Civil Veterinary Department. Madras. Admin. report 1910-25 - 1910-1925
Year: 1910
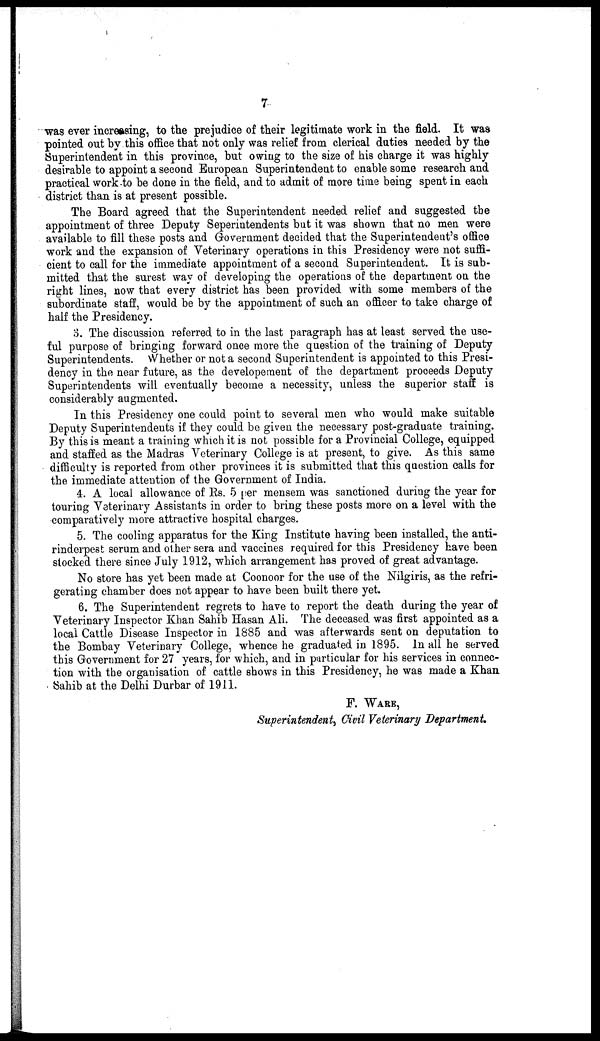
7
was ever increasing, to the prejudice of their legitimate work in the field. It was
pointed out by this office that not only was relief from clerical duties needed by the
Superintendent in this province, but owing to the size of his charge it was highly
desirable to appoint a second European Superintendent to enable some research and
practical work to be done in the field, and to admit of more time being spent in each
district than is at present possible.
The Board agreed that the Superintendent needed relief and suggested the
appointment of three Deputy Seperintendents but it was shown that no men were
available to fill these posts and Government decided that the Superintendent's office
work and the expansion of Veterinary operations in this Presidency were not suffi-
cient to call for the immediate appointment of a second Superintendent. It is sub-
mitted that the surest way of developing the operations of the department on the
right lines, now that every district has been provided with some members of the
subordinate staff, would be by the appointment of such an officer to take charge of
half the Presidency.
3. The discussion referred to in the last paragraph has at least served the use-
ful purpose of bringing forward once more the question of the training of Deputy
Superintendents. Whether or not a second Superintendent is appointed to this Presi-
dency in the near future, as the developement of the department proceeds Deputy
Superintendents will eventually become a necessity, unless the superior staff is
considerably augmented.
In this Presidency one could point to several men who would make suitable
Deputy Superintendents if they could be given the necessary post-graduate training.
By this is meant a training which it is not possible for a Provincial College, equipped
and staffed as the Madras Veterinary College is at present, to give. As this same
difficulty is reported from other provinces it is submitted that this question calls for
the immediate attention of the Government of India.
4. A local allowance of Rs. 5 per mensem was sanctioned during the year for
touring Veterinary Assistants in order to bring these posts more on a level with the
comparatively more attractive hospital charges.
5. The cooling apparatus for the King Institute having been installed, the anti-
rinderpest serum and other sera and vaccines required for this Presidency have been
stocked there since July 1912, which arrangement has proved of great advantage.
No store has yet been made at Coonoor for the use of the Nilgiris, as the refri-
gerating chamber does not appear to have been built there yet.
6. The Superintendent regrets to have to report the death during the year of
Veterinary Inspector Khan Sahib Hasan Ali. The deceased was first appointed as a
local Cattle Disease Inspector in 1885 and was afterwards sent on deputation to
the Bombay Veterinary College, whence he graduated in 1895. In all he served
this Government for 27 years, for which, and in particular for his services in connec-
tion with the organisation of cattle shows in this Presidency, he was made a Khan
Sahib at the Delhi Durbar of 1911.
F. WARE,
Superintendent, Civil Veterinary Department,